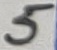
Text: 5